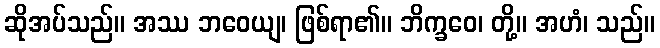
ဆိုအပ်သည်။ အဿ ဘဝေယျ၊ ဖြစ်ရာ၏။ ဘိက္ခဝေ၊ တို့။ အဟံ၊ သည်။